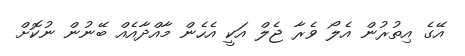
އޭގެ އިތުރުން އެލޯ ވެރާ ޖެލް އަކީ އެހެން މާއްދާއެއް ބޭނުން ނުކޮށް